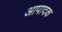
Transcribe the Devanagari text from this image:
आपादक